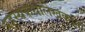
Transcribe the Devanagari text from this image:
रहस्यकथालेखकांना